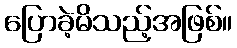
ပြောခဲ့မိသည့်အဖြစ်။